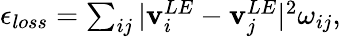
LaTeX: \begin{array}{r}{\epsilon_{loss}=\sum_{ij}|\mathbf{v}_{i}^{LE}-\mathbf{v}_{j}^{LE}|^{2}\omega_{ij},}\end{array}